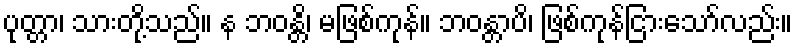
ပုတ္တာ၊ သားတို့သည်။ န ဘဝန္တိ၊ မဖြစ်ကုန်။ ဘဝန္တာပိ၊ ဖြစ်ကုန်ငြားသော်လည်း။